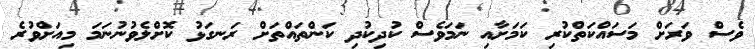
ވެސް ވަރަށް މަސައްކަތްކުރި ކަމަށާއި ނަމަވެސް ކުދިކުދި ކަންތައްތަށް ރަނގަޅު ކޮށްލެވުނުނަމަ މިއަށްވުރެ